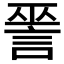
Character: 𧨈